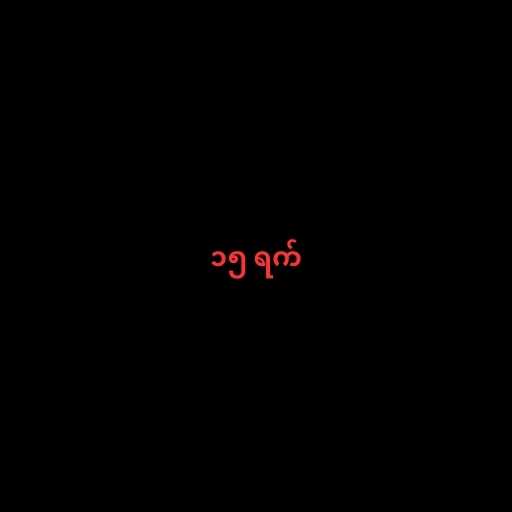
၁၅ ရက်